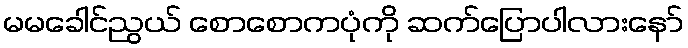
မမခေါင်ညွယ် စောစောကပုံကို ဆက်ပြောပါလားနော်